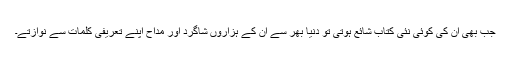
جب بھی ان کی کوئی نئی کتاب شائع ہوتی تو دنیا بھر سے ان کے ہزاروں شاگرد اور مداح اپنے تعریفی کلمات سے نوازتے۔